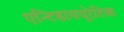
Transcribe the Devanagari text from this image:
एन्टिडाययूरेटिक